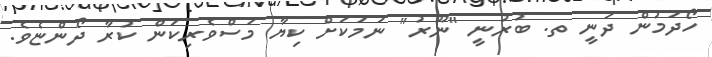
ހޯދަމުން ދަނީ ތ. ބުރުނީ "ނޫރު" ނަމަކަށް ކިޔާ މަސްވެރިކަން ކުރާ ދޯންޏެވެ.